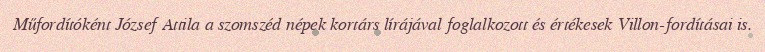
Műfordítóként József Attila a szomszéd népek kortárs lírájával foglalkozott és értékesek Villon-fordításai is.